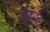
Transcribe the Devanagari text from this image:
सऽ